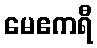
မေဧကရီ